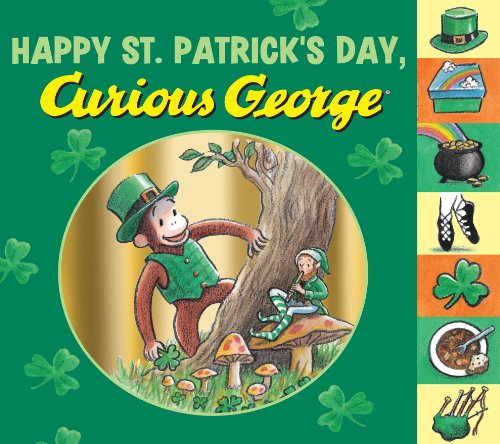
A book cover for Happy St. Patrick's Day, Curious George tabbed board book; H. A. Rey; Children's Books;